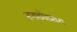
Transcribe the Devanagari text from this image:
रणछोडराय